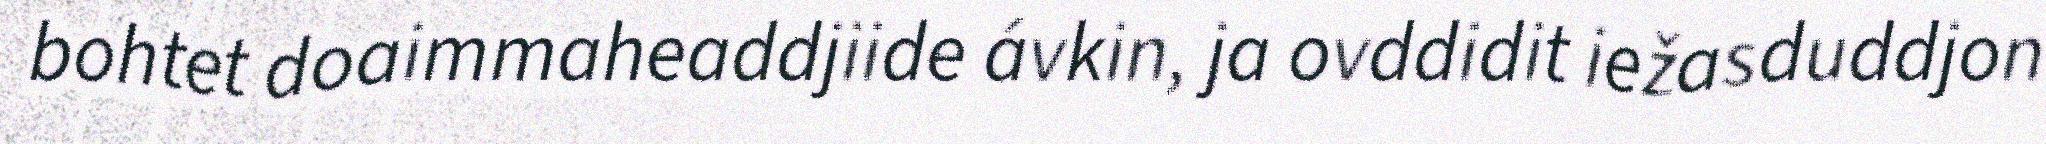
bohtet doaimmaheaddjiide ávkin, ja ovddidit iežasduddjon